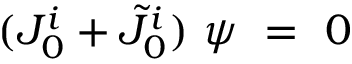
( J _ { 0 } ^ { i } + \tilde { J } _ { 0 } ^ { i } ) \ \psi \ = \ 0